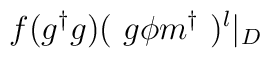
f ( g^\dagger g )  (~ g \phi m^\dagger ~)^l \vert_D